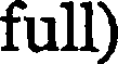
full)